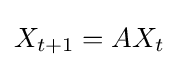
X_{t+1}=AX_{t}